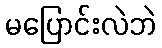
မပြောင်းလဲဘဲ